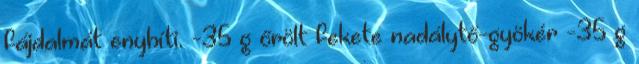
fájdalmát enyhíti. -35 g őrölt fekete nadálytő-gyökér -35 g